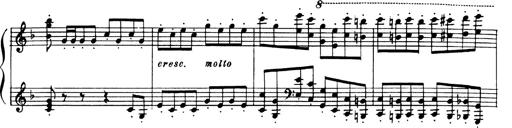
Title: Andante Finale und Marsch aus der Oper KÃ¶nig Alfred
Composer: Franz Liszt